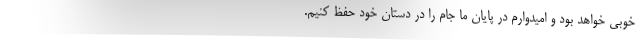
خوبی خواهد بود و امیدوارم در پایان ما جام را در دستان خود حفظ کنیم.